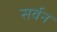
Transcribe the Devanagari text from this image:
सर्वन